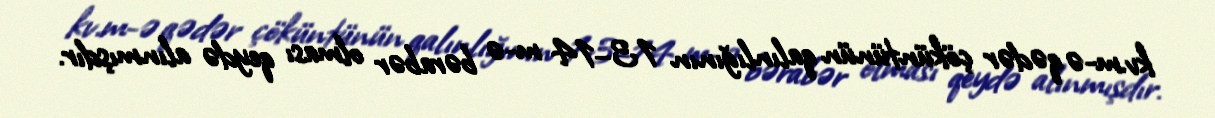
kv.m-ə qədər çöküntünün qalınlığının 13–14 m-ə bərabər olması qeydə alınmışdır.